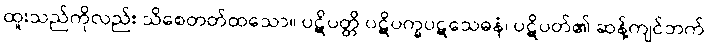
ထူးသည်ကိုလည်း သိစေတတ်ထသော။ ပဋိပတ္တိ ပဋိပက္ခပဋသေဓနံ၊ ပဋိပတ်၏ ဆန့်ကျင်ဘက်